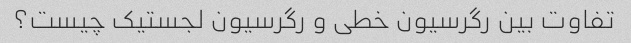
تفاوت بین رگرسیون خطی و رگرسیون لجستیک چیست؟